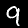
Label: 9